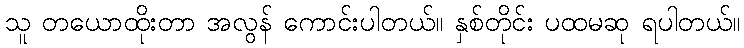
သူ တယောထိုးတာ အလွန် ကောင်းပါတယ်။ နှစ်တိုင်း ပထမဆု ရပါတယ်။